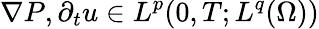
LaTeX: \nabla P,\partial_{t}u\in L^{p}(0,T;L^{q}(\Omega))